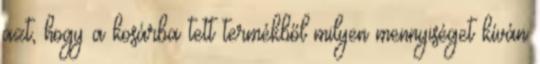
azt, hogy a kosárba tett termékből milyen mennyiséget kíván